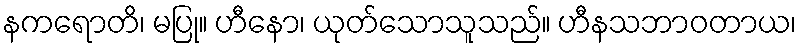
နကရောတိ၊ မပြု။ ဟီနော၊ ယုတ်သောသူသည်။ ဟီနသဘာဝတာယ၊